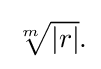
{\textstyle {\sqrt[{m}]{|r|}}.}